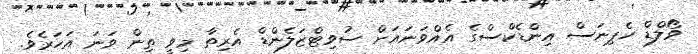
ވޯލްޑް ހެޕިނަސް އިންޑެކްސްގެ އެއްވަނައަށް ސުވިޓްޒަލެންޑް އެރިތާ މިވީ ތިން ވަނަ އަހަރެވެ.